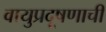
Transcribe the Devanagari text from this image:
वायुप्रदूषणाची